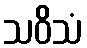
သဝိသံ